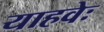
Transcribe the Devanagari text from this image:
याहवेः